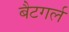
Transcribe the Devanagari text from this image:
बैटगर्ल